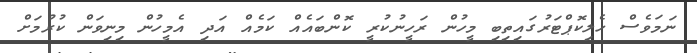
ނަމަވެސް ހެލިކޮޕްޓަރުގައިތިބި މީހުން ރަހީނުކުރީ ކޮންބައެއް ކަމެއް އަދި އެމީހުން މިނިވަން ކުރުމަށް